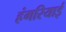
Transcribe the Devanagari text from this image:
हंगरियाई